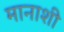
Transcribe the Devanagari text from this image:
मानाशी